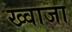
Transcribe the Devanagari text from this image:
ख्‍वाजा